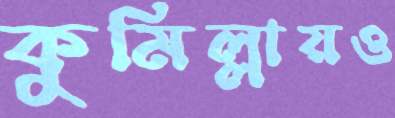
কুমিল্লায়ও